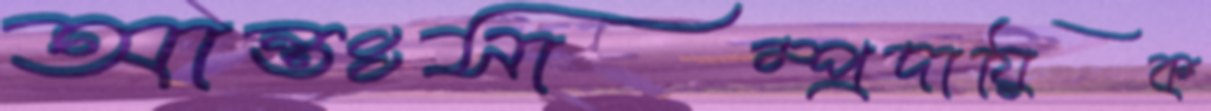
আন্তঃসাম্প্রদায়িক